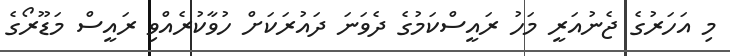
މި އަހަރުގެ ޖެނުއަރީ މަހު ރައީސްކަމުގެ ދެވަނަ ދައުރަކަށް ހުވާކުރެއްވި ރައީސް މަޑޫރޯގެ